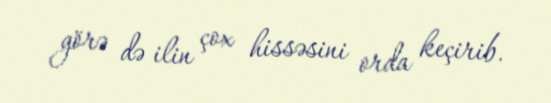
görə də ilin çox hissəsini orda keçirib.